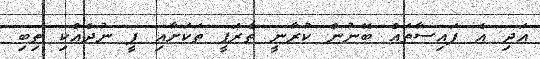
އަދި އެ ފައިސާތައް ބޭނުން ކުރާނީ ތެރަޕީ ތަކަށާއި ފީ ނުދެއްކި ތިބި